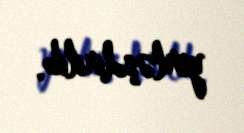
yerləşdirilib.